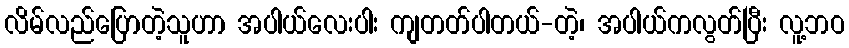
လိမ်လည်ပြောတဲ့သူဟာ အပါယ်လေးပါး ကျတတ်ပါတယ်-တဲ့၊ အပါယ်ကလွတ်ပြီး လူ့ဘဝ